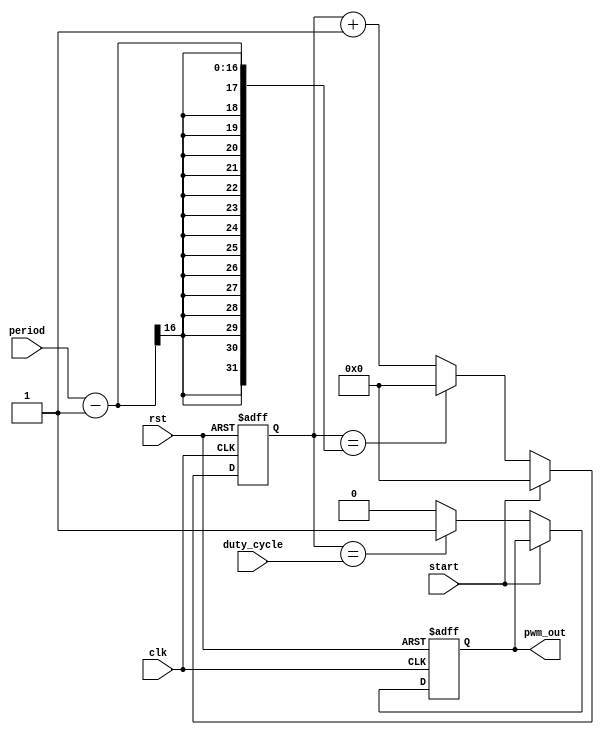
module pwm_generator(
    input clk,
    input rst,
    input start,
    input [7:0] duty_cycle,
    input [15:0] period,
    output reg pwm_out
);

reg [15:0] count;
reg pwm_enable;

always @(posedge clk or posedge rst) begin
    if (rst) begin
        count <= 16'b0;
        pwm_enable <= 1'b0;
        pwm_out <= 1'b0;
    end else begin
        if(start) begin
            count <= 16'b0;
            pwm_enable <= 1'b1;
        end
        else begin
            if(count == period-1)
                count <= 16'b0;
            else
                count <= count + 1;
            
            if(count == duty_cycle)
                pwm_out <= 1'b1;
            else
                pwm_out <= 1'b0;
        end
    end
end

endmodule